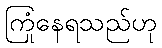
ကြုံနေရသည်ဟု